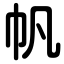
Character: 帆